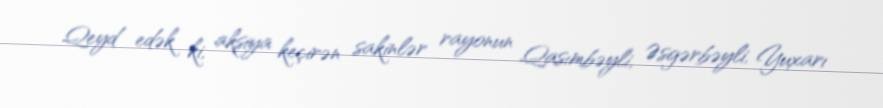
Qeyd edək ki, aksiya keçirən sakinlər rayonun Qasımbəyli, Əsgərbəyli, Yuxarı